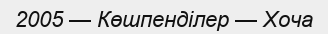
2005 — Көшпенділер — Хоча